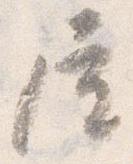
屋